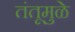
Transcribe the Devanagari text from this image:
तंतूमुळे